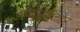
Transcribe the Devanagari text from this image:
कोऑर्डिनेटर